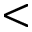
<